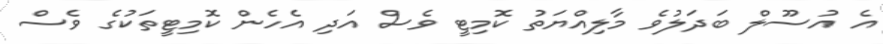
އެ އުސޫލް ބަދަލުވެ މާލިއްޔަތު ކޮމިޓީ ވެސް އަދި އެހެން ކޮމިޓީތަކުގެ ވެސް